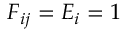
F _ { i j } = E _ { i } = 1